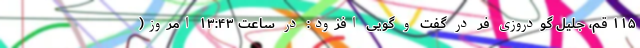
۱۱۵ قم، جلیل گودروزی فر در گفت و گویی افزود: در ساعت ۱۳:۴۳ امروز(